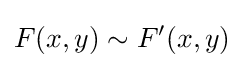
F(x,y)\sim F^{\prime }(x,y)